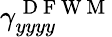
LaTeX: \gamma_{yyyy}^{\mathrm{~D~F~W~M~}}